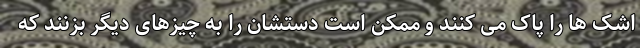
اشک ها را پاک می کنند و ممکن است دستشان را به چیزهای دیگر بزنند که